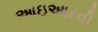
આઇઆરવી